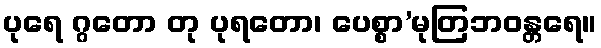
ပုရေ ဂ္ဂတော တု ပုရတော၊ ပေစ္စာ’မုတြဘဝန္တရေ။